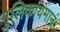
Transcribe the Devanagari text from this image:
गुलिकायमानं